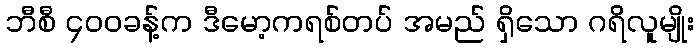
ဘီစီ ၄၀၀ခန့်က ဒီမော့ကရစ်တပ် အမည် ရှိသော ဂရိလူမျိုး